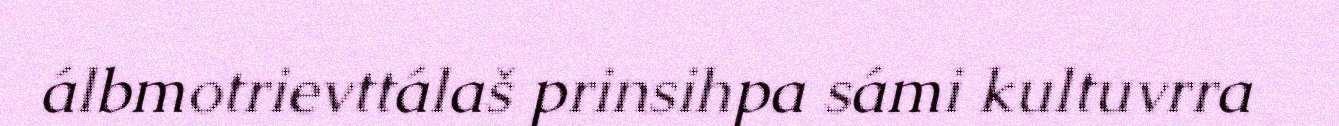
álbmotrievttálaš prinsihpa sámi kultuvrra